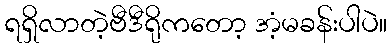
ရရှိလာတဲ့ဗီဒီရိုကတော့ အံ့မခန်းပါပဲ။